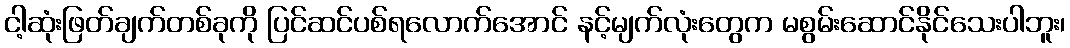
ငါ့ဆုံးဖြတ်ချက်တစ်ခုကို ပြင်ဆင်ပစ်ရလောက်အောင် နင့်မျက်လုံးတွေက မစွမ်းဆောင်နိုင်သေးပါဘူး၊